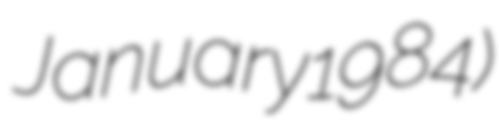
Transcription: January 1984)